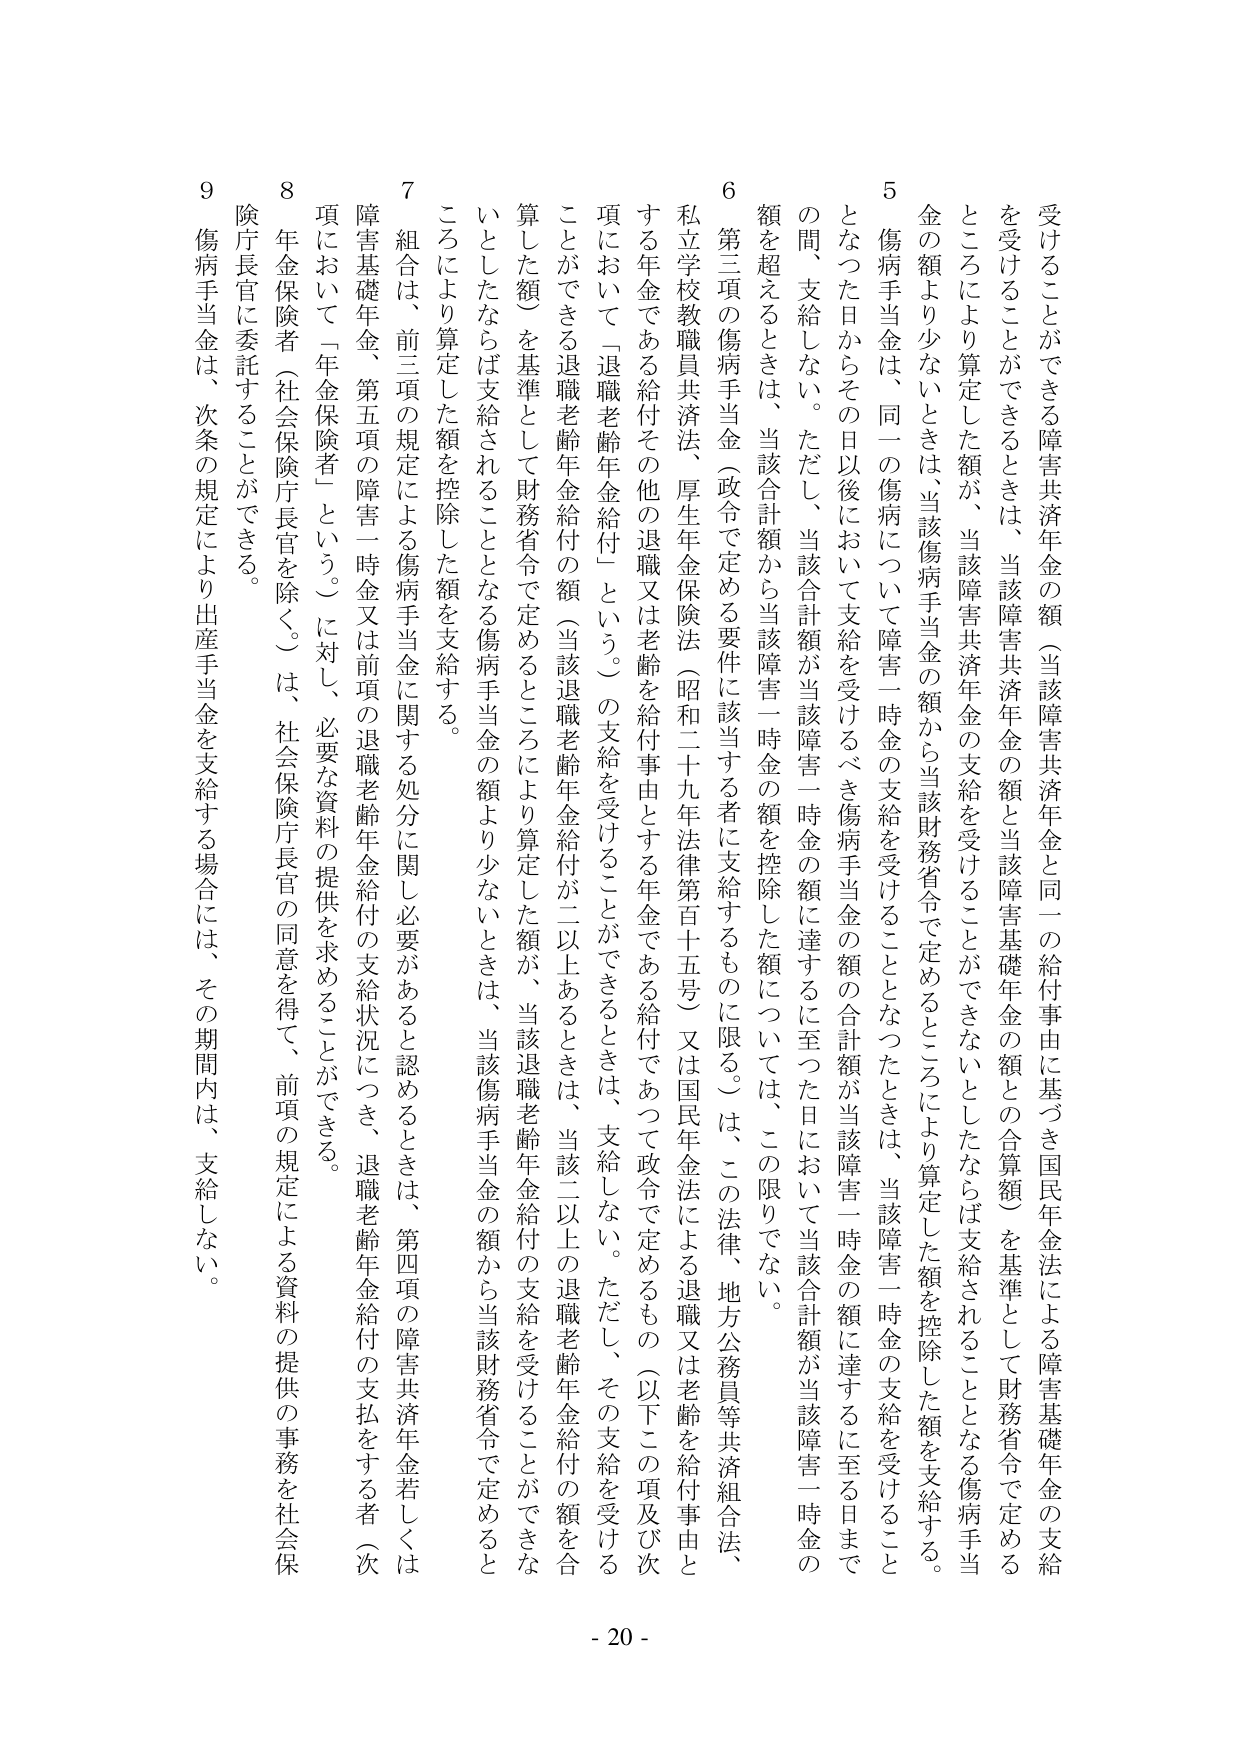
受けることができる障害共済年金の額（当該障害共済年金と同一の給付事由に基づき国民年金法による障害基礎年金の支給を受けることができるときは、当該障害共済年金の額と当該障害基礎年金の額との合算額）を基準として財務省令で定めるところにより算定した額が、当該障害共済年金の支給を受けることとならないときは、当該傷病手当金の額から当該財務省令で定めるところにより算定した額を控除した額を支給する。

５　傷病手当金は、同一の傷病について障害一時金の支給を受けることとなったときは、当該障害一時金の支給を受けることとなった日からその日以後において支給を受けるべき傷病手当金の額の合計額が当該障害一時金の額に達するに至る日までの間、支給しない。ただし、当該合計額が当該障害一時金の額に達するに至った日において当該合計額が当該障害一時金の額を超えるときは、当該合計額から当該障害一時金の額を控除した額については、この限りでない。

６　第三項の傷病手当金（政令で定める要件に該当する者に支給するものに限る。）は、この法律、地方公務員等共済組合法、私立学校教職員共済法、厚生年金保険法（昭和二十九年法律第百十五号）又は国民年金法による退職又は老齢を給付事由とする年金である給付その他の退職又は老齢を給付事由とする年金である給付であって政令で定めるもの（以下この項及び次項において「退職老齢年金給付」という。）の支給を受けることができるときは、支給しない。ただし、その支給を受けることができる退職老齢年金給付の額（当該退職老齢年金給付が二以上あるときは、当該二以上の退職老齢年金給付の額を合算した額）を基準として財務省令で定めるところにより算定した額が、当該退職老齢年金給付の支給を受けることとならないときは、当該傷病手当金の額から当該財務省令で定めるところにより算定した額を控除した額を支給する。

７　組合は、前三項の規定による傷病手当金に関する処分に関して必要があると認めるときは、第四項の障害共済年金若しくは障害基礎年金、第五項の障害一時金又は前項の退職老齢年金給付の支給状況につき、退職老齢年金給付の支払をする者（次項において「年金保険者」という。）に対し、必要な資料の提供を求めることができる。

８　年金保険者（社会保険庁長官を除く。）は、社会保険庁長官の同意を得て、前項の規定による資料の提供の事務を社会保険庁長官に委託することができる。

９　傷病手当金は、次条の規定により出産手当金を支給する場合には、その期間内は、支給しない。

- 20 -